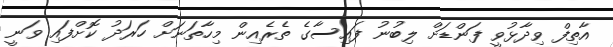
އާތިފް ވިދާޅުވީ ފަންޑަށް ލިބުނު ފައިސާގެ ތެރެއިން މިހާތަނަށް ހަރަދު ކޮށްފައި ވަނީ